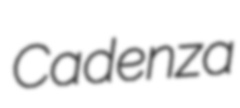
Cadenza